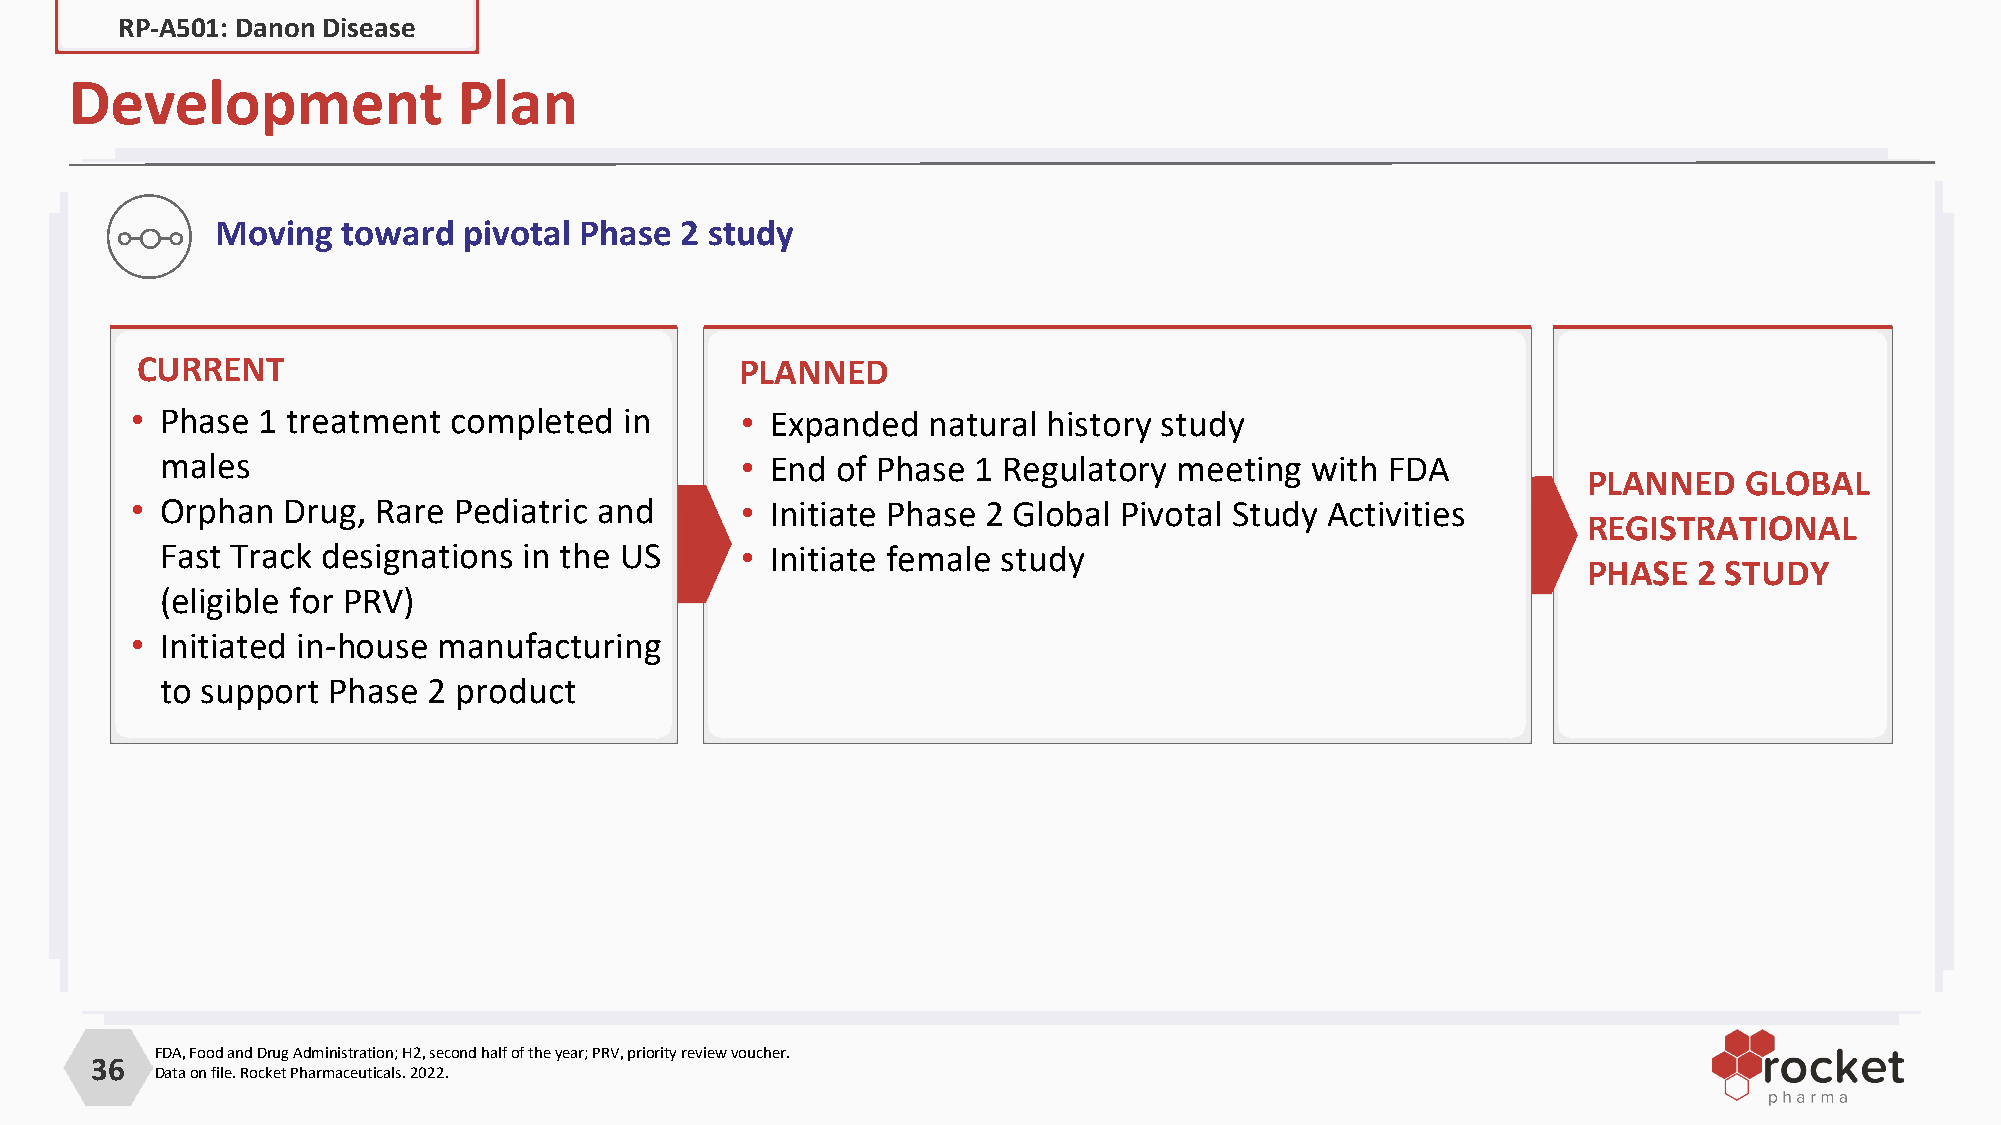
RP-A501: Danon Disease
 Development              Plan
 Moving   toward  pivotal Phase 2 study
 CURRENT                                 PLANNED
 • Phase 1 treatment  completed  in      • Expanded  natural history study
 males                                 • End of Phase  1 Regulatory meeting  with FDA
 PLANNED   GLOBAL
 • Orphan  Drug, Rare Pediatric and      • Initiate Phase 2 Global Pivotal Study Activities
 REGISTRATIONAL
 Fast Track designations in the US     • Initiate female study
 PHASE  2 STUDY
 (eligible for PRV)
 • Initiated in-house manufacturing
 to support Phase 2 product
 FDA, Food and Drug Administration; H2, second half of the year; PRV, priority review voucher.
 36
 Data on file. Rocket Pharmaceuticals. 2022.